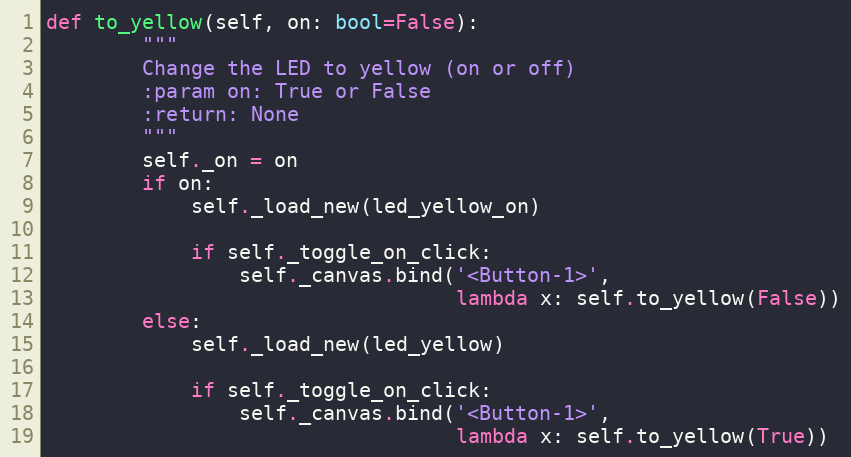
Language: Python
def to_yellow(self, on: bool=False):
        """
        Change the LED to yellow (on or off)
        :param on: True or False
        :return: None
        """
        self._on = on
        if on:
            self._load_new(led_yellow_on)

            if self._toggle_on_click:
                self._canvas.bind('<Button-1>',
                                  lambda x: self.to_yellow(False))
        else:
            self._load_new(led_yellow)

            if self._toggle_on_click:
                self._canvas.bind('<Button-1>',
                                  lambda x: self.to_yellow(True))